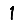
Digit: 1